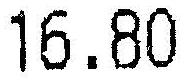
16.80